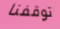
توقفنا